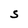
Character: S